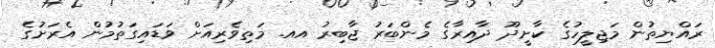
ރައްޔިތުން މަޖިލީހުގެ ކާށީދޫ ދާއިރާގެ މެންބަރު ޖާބިރު އއ. މަތިވެރިއަށް ވަޑައިގަތުމުން އެރަށުގެ